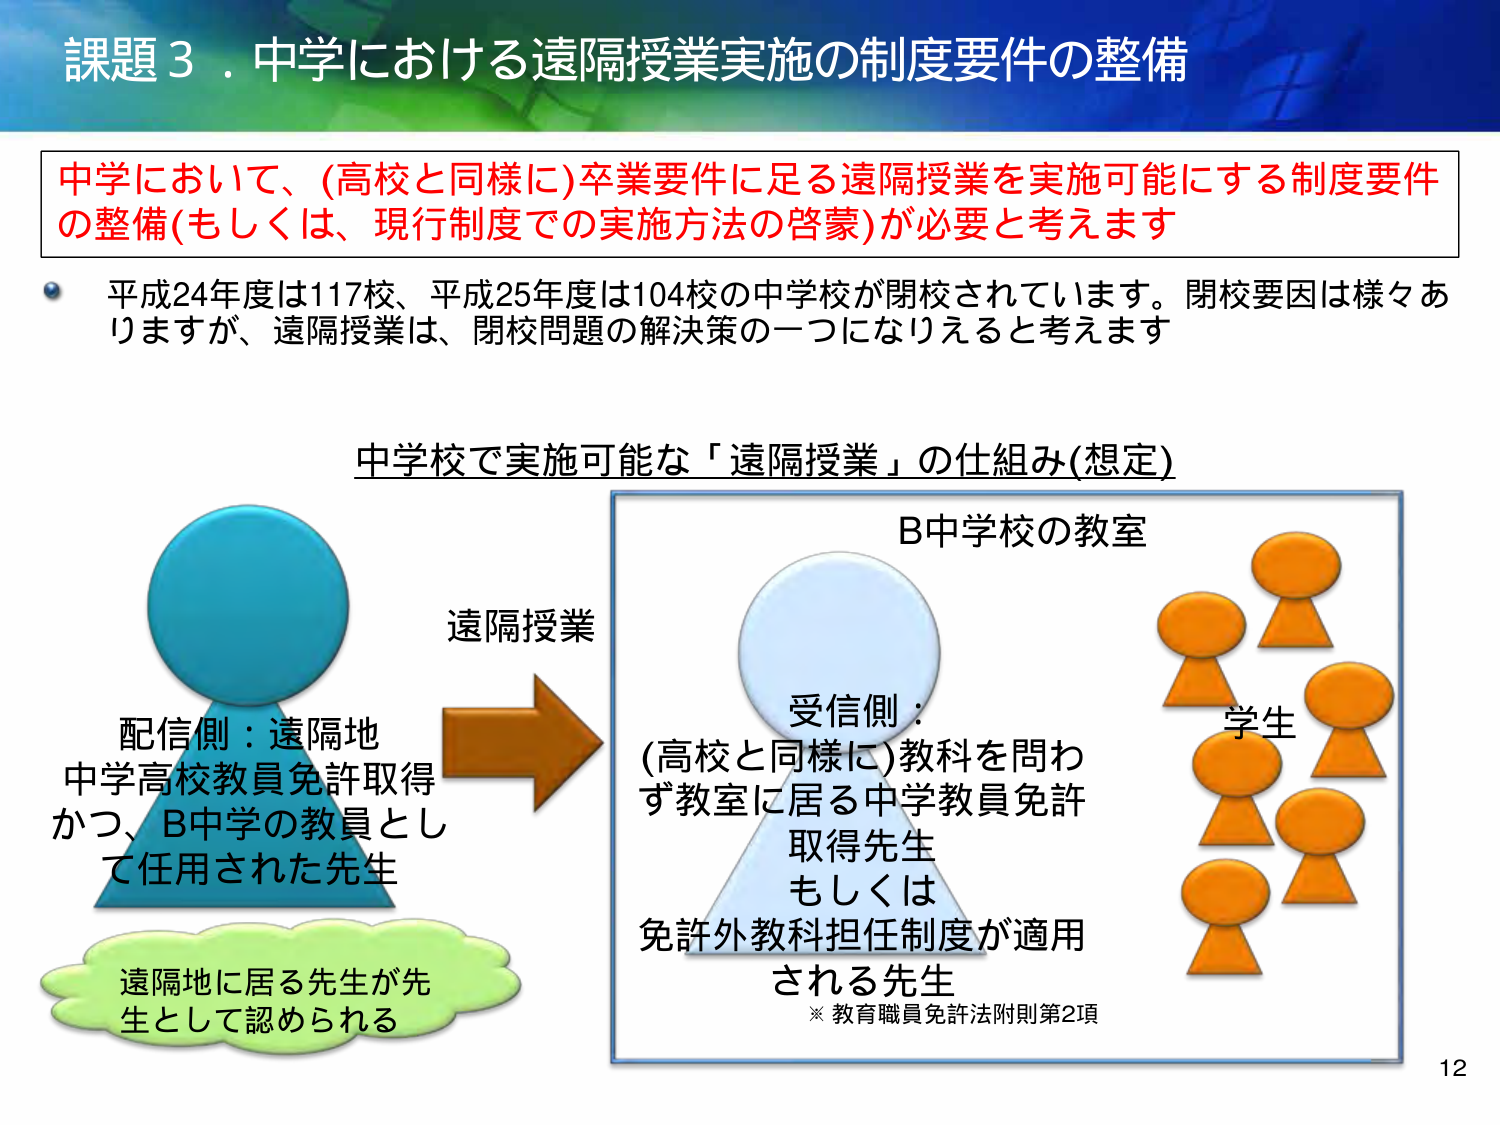
課題３．中学における遠隔授業実施の制度要件の整備

中学において、(高校と同様に)卒業要件に足る遠隔授業を実施可能にする制度要件の整備(もしくは、現行制度での実施方法の啓蒙)が必要と考えます

平成24年度は117校、平成25年度は104校の中学校が閉校されています。閉校要因は様々ありますが、遠隔授業は、閉校問題の解決策の一つになりえると考えます

中学校で実施可能な「遠隔授業」の仕組み(想定)

配信側：遠隔地
中学高校教員免許取得
かつ、B中学の教員として任用された先生

遠隔地に居る先生が先生として認められる

遠隔授業

B中学校の教室

受信側：
(高校と同様に)教科を問わず教室に居る中学教員免許取得先生
もしくは
免許外教科担任制度が適用される先生
※ 教育職員免許法附則第2項

学生

12